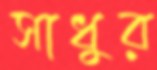
সাধুর